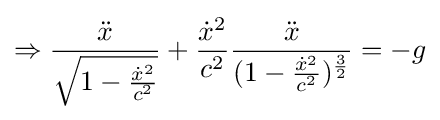
\Rightarrow {\frac {\ddot {x}}{\sqrt {1-{\frac {{\dot {x}}^{2}}{c^{2}}}}}}+{\frac {{\dot {x}}^{2}}{c^{2}}}{\frac {\ddot {x}}{(1-{\frac {{\dot {x}}^{2}}{c^{2}}})^{\frac {3}{2}}}}=-g